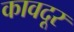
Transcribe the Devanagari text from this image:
कावदूर